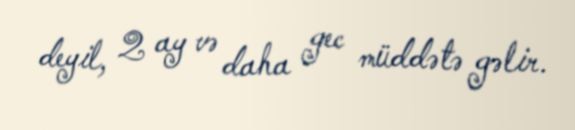
deyil, 2 ay və daha gec müddətə gəlir.